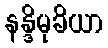
နန္ဒိမုခိယာ